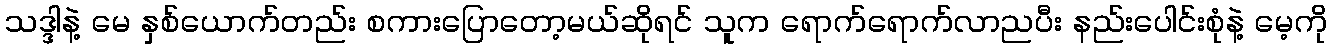
သဒ္ဒါနဲ့ မေ နှစ်ယောက်တည်း စကားပြောတော့မယ်ဆိုရင် သူက ရောက်ရောက်လာညပီး နည်းပေါင်းစုံနဲ့ မေ့ကို